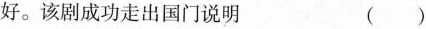
好。该剧成功走出国门说明 ( )